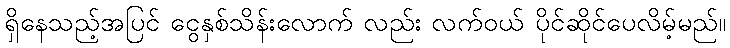
ရှိနေသည့်အပြင် ငွေနှစ်သိန်းလောက် လည်း လက်ဝယ် ပိုင်ဆိုင်ပေလိမ့်မည်။